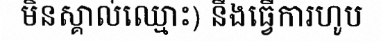
មិនស្គាល់ឈ្មោះ) នឹងធ្វើការហូប